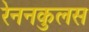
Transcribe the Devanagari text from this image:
रेननकुलस